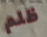
ظلم